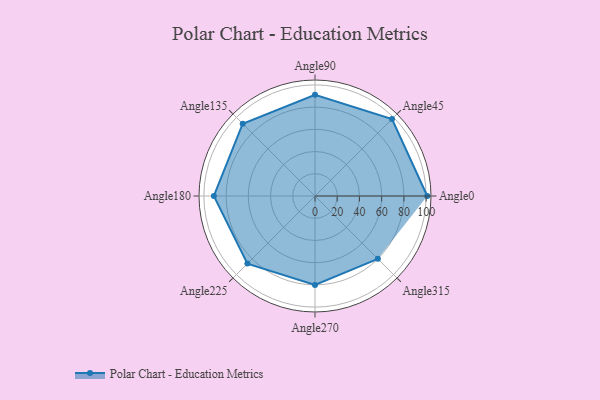
{"axis": {"x": "Angle", "y": "Radius"}, "legend": [""], "data": [{"x": "Angle0", "y": 101.0, "type": ""}, {"x": "Angle45", "y": 98.0, "type": ""}, {"x": "Angle90", "y": 91.0, "type": ""}, {"x": "Angle135", "y": 92.0, "type": ""}, {"x": "Angle180", "y": 91.0, "type": ""}, {"x": "Angle225", "y": 86.0, "type": ""}, {"x": "Angle270", "y": 80.0, "type": ""}, {"x": "Angle315", "y": 80.0, "type": ""}]}